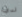
لدي